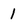
Character: 1